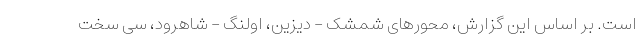
است. بر اساس این گزارش، محورهای شمشک - دیزین، اولنگ - شاهرود، سی سخت